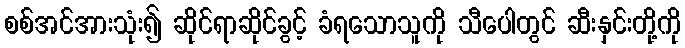
စစ်အင်အားသုံး၍ ဆိုင်ရာဆိုင်ခွင့် ခံရသောသူကို သီပေါတွင် ဆီးနှင်းတို့ကို